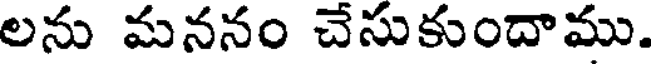
లను మననం చేసుకుందాము.